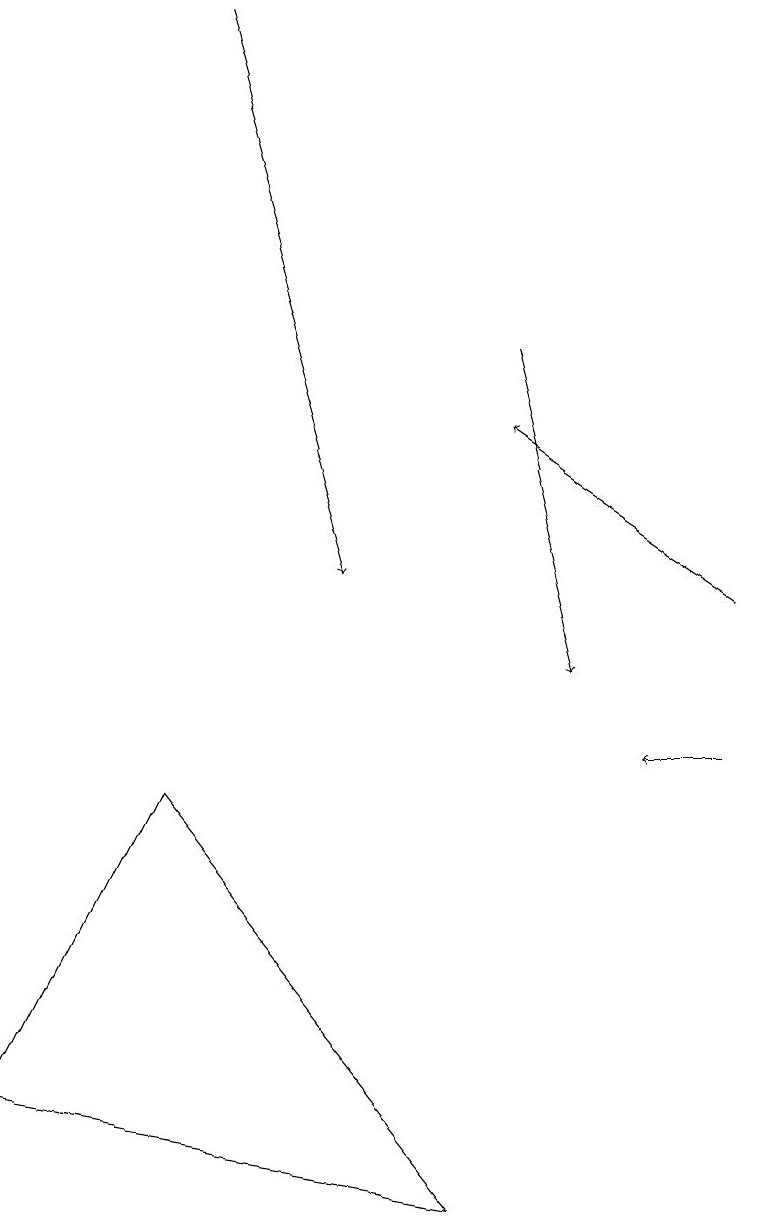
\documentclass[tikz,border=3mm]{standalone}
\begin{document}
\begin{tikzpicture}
\draw[->] (2,19) -- (4,12);
\draw[->] (9,10) -- (8,10);
\draw (6,4) -- (0,5) -- (2,9) -- cycle;
\draw[->] (9,12) -- (6,14);
\draw[->] (6,15) -- (7,11);
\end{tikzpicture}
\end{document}